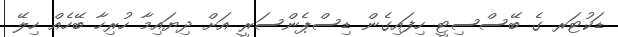
ޑަކުޓަރ ގެ ބޭސްސިޓީ ހިފައިގެން ޑިސްޕެންސަރީ އަށް ދިޔައިމާ ހުރިހާ ބޭހެއް ހިލޭ